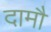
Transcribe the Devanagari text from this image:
दामौ